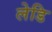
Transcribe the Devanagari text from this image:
लेडि